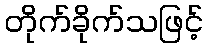
တိုက်ခိုက်သဖြင့်